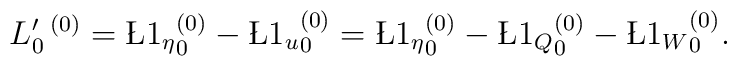
L_{0}'\,^{(0)}= {\L1_{\eta}}_{0}^{(0)}-{\L1_{u}}_{0}^{(0)}={\L1_{\eta}}_{0}^{(0)}-{\L1_{Q}}_{0}^{(0)}-{\L1_{W}}_{0}^{(0)}.